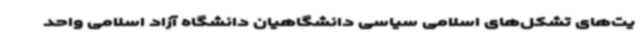
یت‌های تشکل‌های اسلامی سیاسی دانشگاهیان دانشگاه آزاد اسلامی واحد